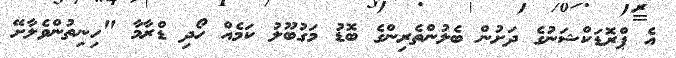
އެ ޕްރޮޑަކްޝަނުގެ ދަށުން ބެލުންތެރިންގެ ބޮޑު މަގުބޫލު ކަމެއް ހޯދި ޑްރާމާ "ހިނިތުންވެލާށޭ